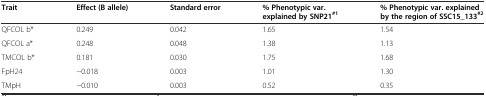
| Trait | Effect (B allele) | Standard error | % Phenotypic var. explained by SNP21#1 | % Phenotypic var. explained by the region of SSC15_133#2 |
 | --- | --- | --- | --- | --- |
 | QFCOL b* | 0.249 | 0.042 | 1.65 | 1.54 |
 | QFCOL a* | 0.248 | 0.048 | 1.38 | 1.13 |
 | TMCOL b* | 0.181 | 0.030 | 1.75 | 1.68 |
 | FpH24 | −0.018 | 0.003 | 1.01 | 1.30 |
 | TMpH | −0.010 | 0.003 | 0.52 | 0.35 |